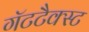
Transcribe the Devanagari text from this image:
गॅटटैक्स्ट